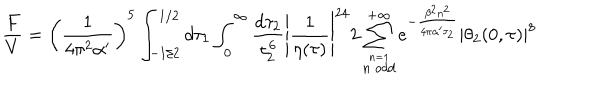
\frac { F } { V } = \left( \frac { 1 } { 4 \pi ^ { 2 } \alpha ^ { \prime } } \right) ^ { 5 } \int _ { - 1 / 2 } ^ { 1 / 2 } d \tau _ { 1 } \int _ { 0 } ^ { \infty } \frac { d \tau _ { 2 } } { \tau _ { 2 } ^ { 6 } } \left| \frac { 1 } { \eta ( \tau ) } \right| ^ { 2 4 } 2 \sum _ { \stackrel { n = 1 } { n \ o d d } } ^ { + \infty } e ^ { - \frac { \beta ^ { 2 } n ^ { 2 } } { 4 \pi \alpha ^ { \prime } \tau _ { 2 } } } \left| \theta _ { 2 } ( 0 , \tau ) \right| ^ { 8 }